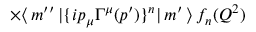
\times \langle \, m ^ { \prime \prime } \, | \{ i p _ { \mu } \Gamma ^ { \mu } ( p ^ { \prime } ) \} ^ { n } | \, m ^ { \prime } \, \rangle \, f _ { n } ( Q ^ { 2 } )